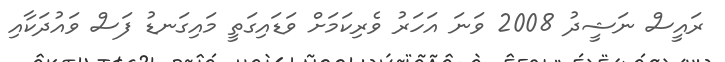
ރައީސް ނަޝީދު 2008 ވަނަ އަހަރު ވެރިކަމަށް ވަޑައިގަތީ މައިގަނޑު ފަސް ވައުދަކާއި